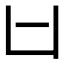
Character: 𠙵